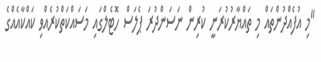
"މި އުފެއްދުންތައް މި ތައްޔާރުކުރަނީ ކުރިން ނަސަންދުރަ ޕެލަސް ހޮޓެލްގައި މަސައްކަތްކުރެއްވި ކައްކާއެއްގެ